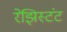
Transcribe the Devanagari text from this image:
रेझिस्टंट